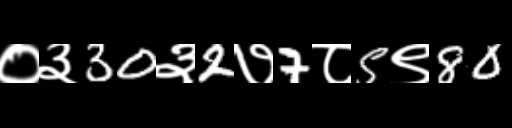
Text: ०३30३2७7८5९80